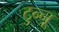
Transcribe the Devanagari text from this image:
टुन्नू